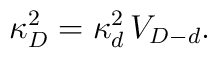
\kappa^2_D = \kappa_d^2\, V_{D - d}.